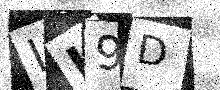
Text: LL9D